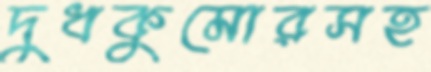
দুধকুমোরসহ